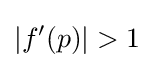
|f'(p)|>1